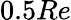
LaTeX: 0.5Re